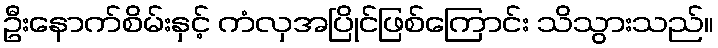
ဦးနောက်စိမ်းနှင့် ကံလှအပြိုင်ဖြစ်ကြောင်း သိသွားသည်။